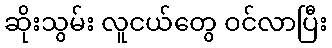
ဆိုးသွမ်း လူငယ်တွေ ဝင်လာပြီး